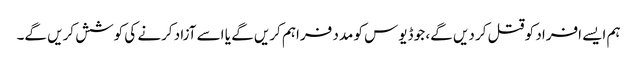
ہم ایسے افراد کو قتل کر دیں گے، جو ڈیوس کو مدد فراہم کریں گے یا اسے آزاد کرنے کی کوشش کریں گے۔